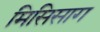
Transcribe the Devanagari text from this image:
मिसिसाग